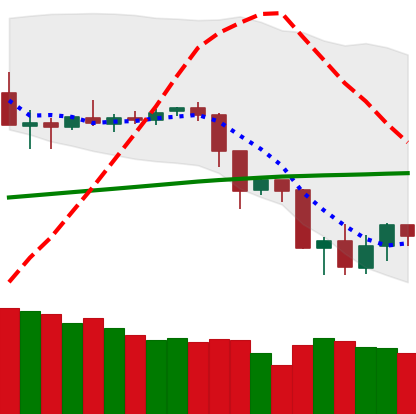
Ticker: ETC-USD
Chart end date: 2019-07-19
Forward return: 4.285%
Label: up_3_5